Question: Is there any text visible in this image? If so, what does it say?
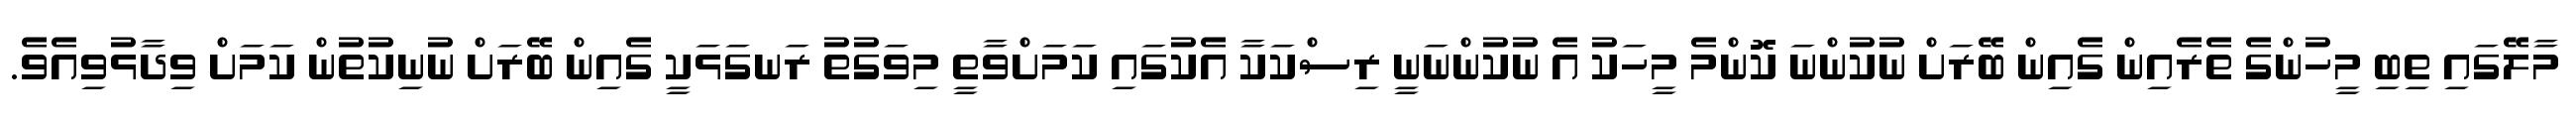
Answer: މާލޭގައި ތިބި މީހުންގެ ތެރެއިން ގެއިން ބޭރަށް ނުކުންނަ ކޮންމެ މީހަކު އެ ނުކުންނަނީ ރިސްކަކާ އެކުގައި ކަމަށްވާތީ މިވަގުތު ރަނގަޅަކީ ގެއިން ބޭރަށް ނުނިކުތުން ކަމަށް ވިދާޅުވިއެވެ.